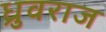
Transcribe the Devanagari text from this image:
ध्रुवराज